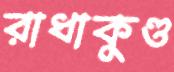
রাধাকুণ্ড